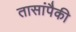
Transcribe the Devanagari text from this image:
तासांपैकी